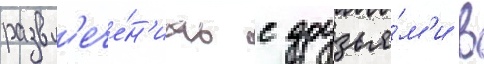
развл'ече́н'иах с друзья́м'и в